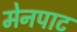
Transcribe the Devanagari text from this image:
मेनपाट